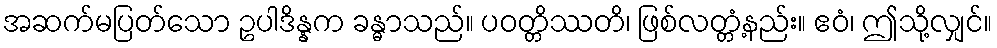
အဆက်မပြတ်သော ဥပါဒိန္နက ခန္ဓာသည်။ ပဝတ္တိဿတိ၊ ဖြစ်လတ္တံ့နည်း။ ဧဝံ၊ ဤသို့လျှင်။